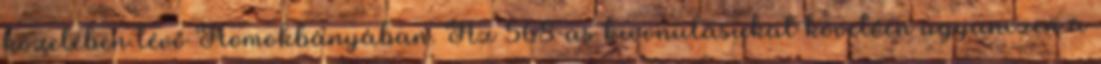
közelében lévő Homokbányában. Az 568-as kivonulásukat követően ugyanezen a